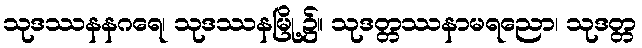
သုဒဿနနဂရေ၊ သုဒဿနမြို့၌။ သုဒတ္တဿနာမရညော၊ သုဒတ္တ